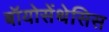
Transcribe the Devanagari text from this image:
बॉयोसेंथेसिस